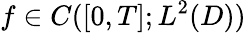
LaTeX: f\in C([0,T];L^{2}(D))